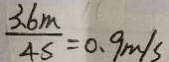
\frac { 3 . 6 m } { 4 s } = 0 . 9 m / s